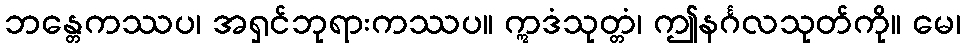
ဘန္တေကဿပ၊ အရှင်ဘုရားကဿပ။ ဣဒံသုတ္တံ၊ ဤနင်္ဂလသုတ်ကို။ မေ၊